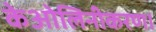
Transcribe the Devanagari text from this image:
केओलिनीकरण।